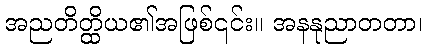
အညတိတ္ထိယ၏အဖြစ်၎င်း။ အနနုညာတတာ၊